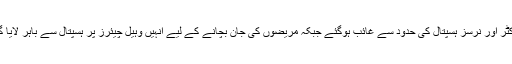
ڈاکٹر اور نرسز ہسپتال کی حدود سے غائب ہوگئے جبکہ مریضوں کی جان بچانے کے لیے انہیں وہیل چیئرز پر ہسپتال سے باہر لایا گیا۔